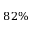
8 2 \%